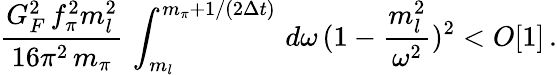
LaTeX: \frac{G_{F}^{2}\, f_{\pi}^{2}m_{l}^{2}}{16\pi^{2}\, m_{\pi}}\, \int_{m_{l}}^{m_{\pi}+1/(2\Delta t)}\, d\omega\, (1-\frac{m_{l}^{2}}{\omega^{2}})^{2}<O[1]\, .